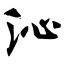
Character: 沁